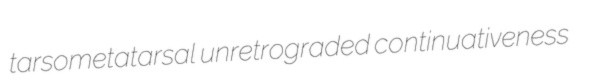
tarsometatarsal unretrograded continuativeness